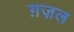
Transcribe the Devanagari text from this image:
ग़ज़्‍ाल